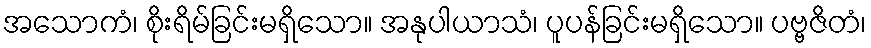
အသောကံ၊ စိုးရိမ်ခြင်းမရှိသော။ အနုပါယာသံ၊ ပူပန်ခြင်းမရှိသော။ ပဗ္ဗဇိတံ၊